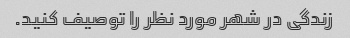
زندگی در شهر مورد نظر را توصیف کنید.